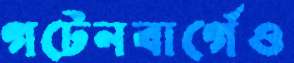
গটেনবার্গেও